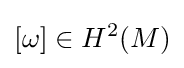
[\omega ]\in H^{2}(M)